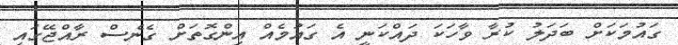
ގައުމަކަށް ބަދަލު ކުރާ ވާހަކަ ދައްކަނީ އެ ގައުމެއް އިންގޮތަށް ގެނެސް ރާއްޖޭގައި